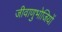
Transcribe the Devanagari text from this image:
जीवाणुभोजियों